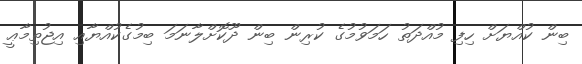
ބިން ކުއްޔަށް ހިފި މުއްދަތު ހަމަވުމުގެ ކުރިން ބިން ދޫކޮށްލާނަމަ ބިމުގެކުއްޔާއި އިޖުތިމާޢީ